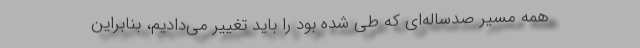
همه مسیر صدساله‌ای که طی شده بود را باید تغییر می‌دادیم، بنابراین